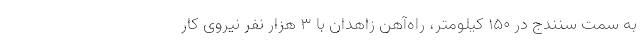
به سمت سنندج در ۱۵۰ کیلومتر، راه‌آهن زاهدان با ۳ هزار نفر نیروی کار